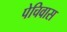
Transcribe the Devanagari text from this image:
पेचिवास